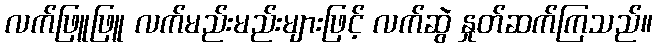
လက်ဖြူဖြူ လက်မည်းမည်းများဖြင့် လက်ဆွဲ နှုတ်ဆက်ကြသည်။